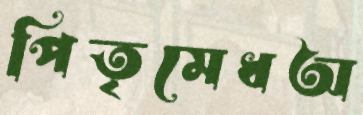
পিতৃমেধঅ